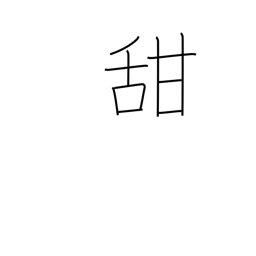
Meaning: sweet